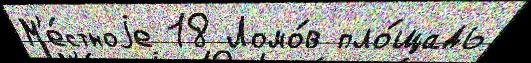
М'е́стноjе 18 Ломо́в пло́щадь